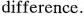
difference.